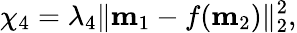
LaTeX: \chi_{4}=\lambda_{4}\| \mathbf{m}_{1}-f(\mathbf{m}_{2})\| _{2}^{2},